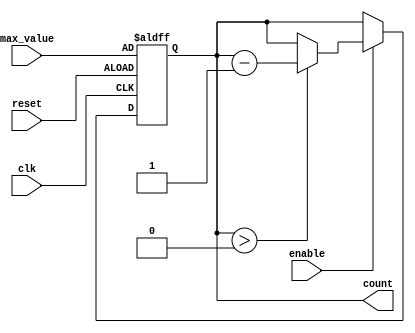
module down_counter (
    input wire clk,              // Clock signal
    input wire enable,           // Enable signal
    input wire reset,            // Asynchronous reset signal
    input wire [3:0] max_value,  // Maximum value (4-bit input for example)
    output reg [3:0] count       // Current counter value (4-bit output)
);

    // Asynchronous reset and counting logic
    always @(posedge clk or posedge reset) begin
        if (reset) begin
            count <= max_value;  // Reset counter to max_value
        end else if (enable) begin
            if (count > 0) begin
                count <= count - 1;  // Decrement counter
            end
            // If count is 0, it remains at 0
        end
        // If enable is low, retain the current value
    end

endmodule